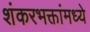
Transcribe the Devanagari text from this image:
शंकरभक्तांमध्ये